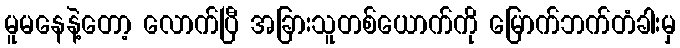
မူမနေနဲ့တော့ လောက်ပြီ အခြားသူတစ်ယောက်ကို မြောက်ဘက်တံခါးမှ